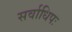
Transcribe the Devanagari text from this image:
सर्वाधिपः